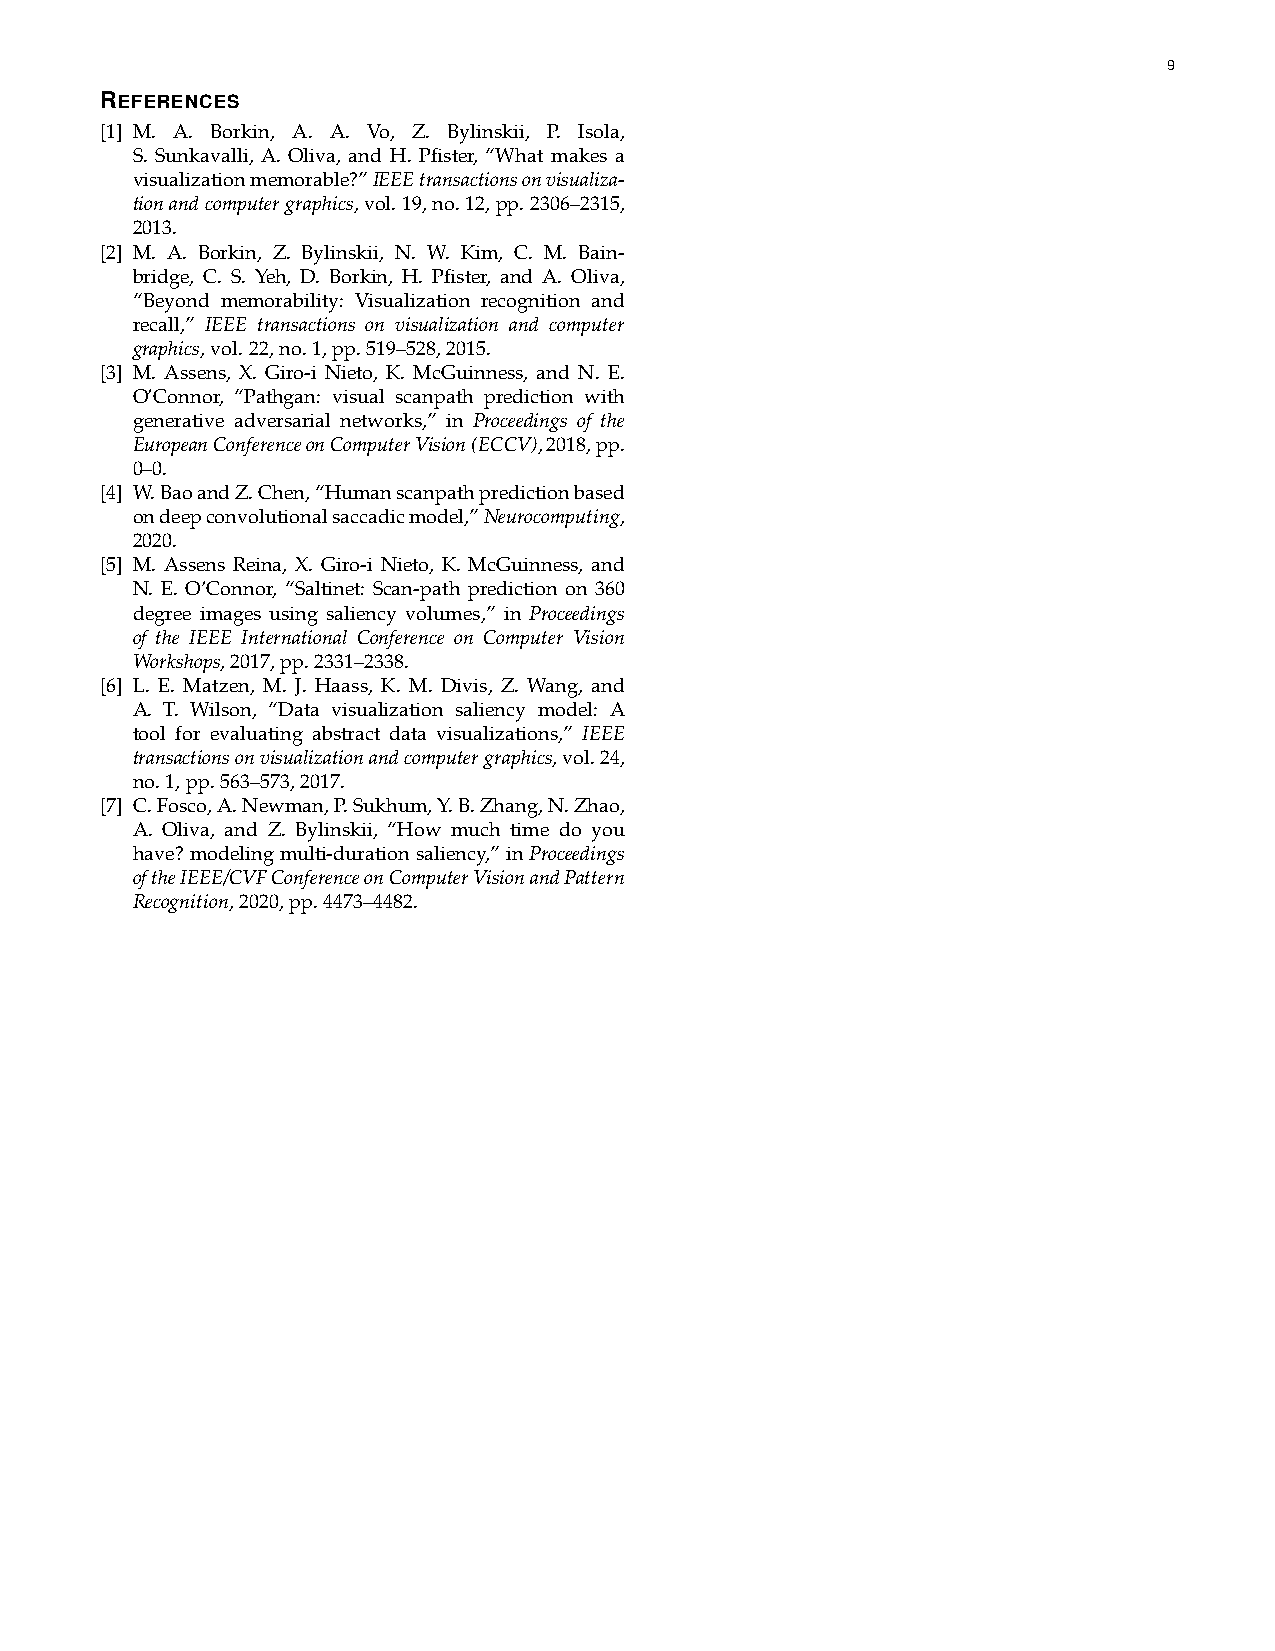
9
 REFERENCES
 [1] M. A. Borkin, A. A. Vo, Z. Bylinskii, P. Isola,
 S. Sunkavalli, A. Oliva, and H. Pfister, “What makes a
 visualizationmemorable?”IEEEtransactionsonvisualiza-
 tionandcomputergraphics,vol.19,no.12,pp.2306–2315,
 2013.
 [2] M. A. Borkin, Z. Bylinskii, N. W. Kim, C. M. Bain-
 bridge, C. S. Yeh, D. Borkin, H. Pfister, and A. Oliva,
 “Beyond memorability: Visualization recognition and
 recall,” IEEE transactions on visualization and computer
 graphics,vol.22,no.1,pp.519–528,2015.
 [3] M. Assens, X. Giro-i Nieto, K. McGuinness, and N. E.
 O’Connor, “Pathgan: visual scanpath prediction with
 generative adversarial networks,” in Proceedings of the
 EuropeanConferenceonComputerVision(ECCV),2018,pp.
 0–0.
 [4] W.BaoandZ.Chen,“Humanscanpathpredictionbased
 ondeepconvolutionalsaccadicmodel,”Neurocomputing,
 2020.
 [5] M. Assens Reina, X. Giro-i Nieto, K. McGuinness, and
 N. E. O’Connor, “Saltinet: Scan-path prediction on 360
 degree images using saliency volumes,” in Proceedings
 of the IEEE International Conference on Computer Vision
 Workshops,2017,pp.2331–2338.
 [6] L. E. Matzen, M. J. Haass, K. M. Divis, Z. Wang, and
 A. T. Wilson, “Data visualization saliency model: A
 tool for evaluating abstract data visualizations,” IEEE
 transactionsonvisualizationandcomputergraphics,vol.24,
 no.1,pp.563–573,2017.
 [7] C.Fosco,A.Newman,P.Sukhum,Y.B.Zhang,N.Zhao,
 A. Oliva, and Z. Bylinskii, “How much time do you
 have?modelingmulti-durationsaliency,”inProceedings
 oftheIEEE/CVFConferenceonComputerVisionandPattern
 Recognition,2020,pp.4473–4482.